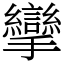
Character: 攣